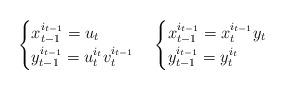
LaTeX: \begin{align*} \begin{cases}x_{t-1}^{i_{t-1}}=u_t \\y_{t-1}^{i_{t-1}}=u_t^{i_t}v_t^{i_{t-1}} \end{cases} \begin{cases}x_{t-1}^{i_{t-1}} = x_t^{i_{t-1}} y_t \\y_{t-1}^{i_{t-1}}= y_t^{i_t}\end{cases} \end{align*}